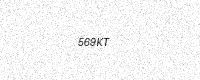
Text: 569KT